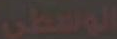
الوسطى